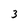
Character: 3